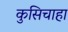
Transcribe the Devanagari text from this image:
कुसिचाहा